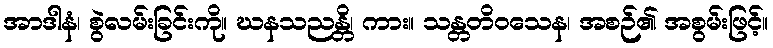
အာဒါနံ၊ စွဲလမ်းခြင်းကို။ ဃနသညန္တိ၊ ကား။ သန္တတိဝသေန၊ အစဉ်၏ အစွမ်းဖြင့်။